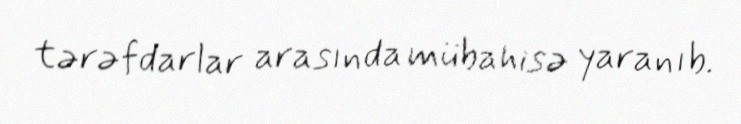
tərəfdarlar arasında mübahisə yaranıb.